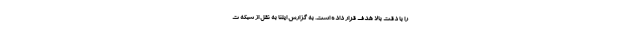
را با دقت بالا هدف قرار داده است. به گزارش ایلنا به نقل از شبکه ت